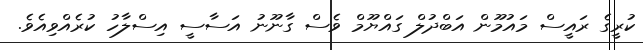
ކުރީގެ ރައީސް މައުމޫން އަބްދުލް ގައްޔޫމް ވެސް ގާނޫނު އަސާސީ އިސްލާހު ކުރެއްވިއެވެ.